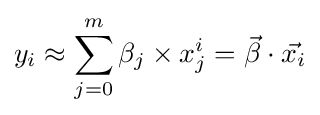
y_{i}\approx \sum _{j=0}^{m}\beta _{j}\times x_{j}^{i}={\vec {\beta }}\cdot {\vec {x_{i}}}